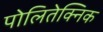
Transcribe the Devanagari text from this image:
पोलितेक्निक